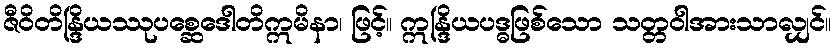
ဇီဝိတိန္ဒြိယဿုပစ္ဆေဒေါတိဣမိနာ၊ ဖြင့်။ ဣန္ဒြိယပဒ္ဓဖြစ်သော သတ္တဝါအားသာလျှင်။